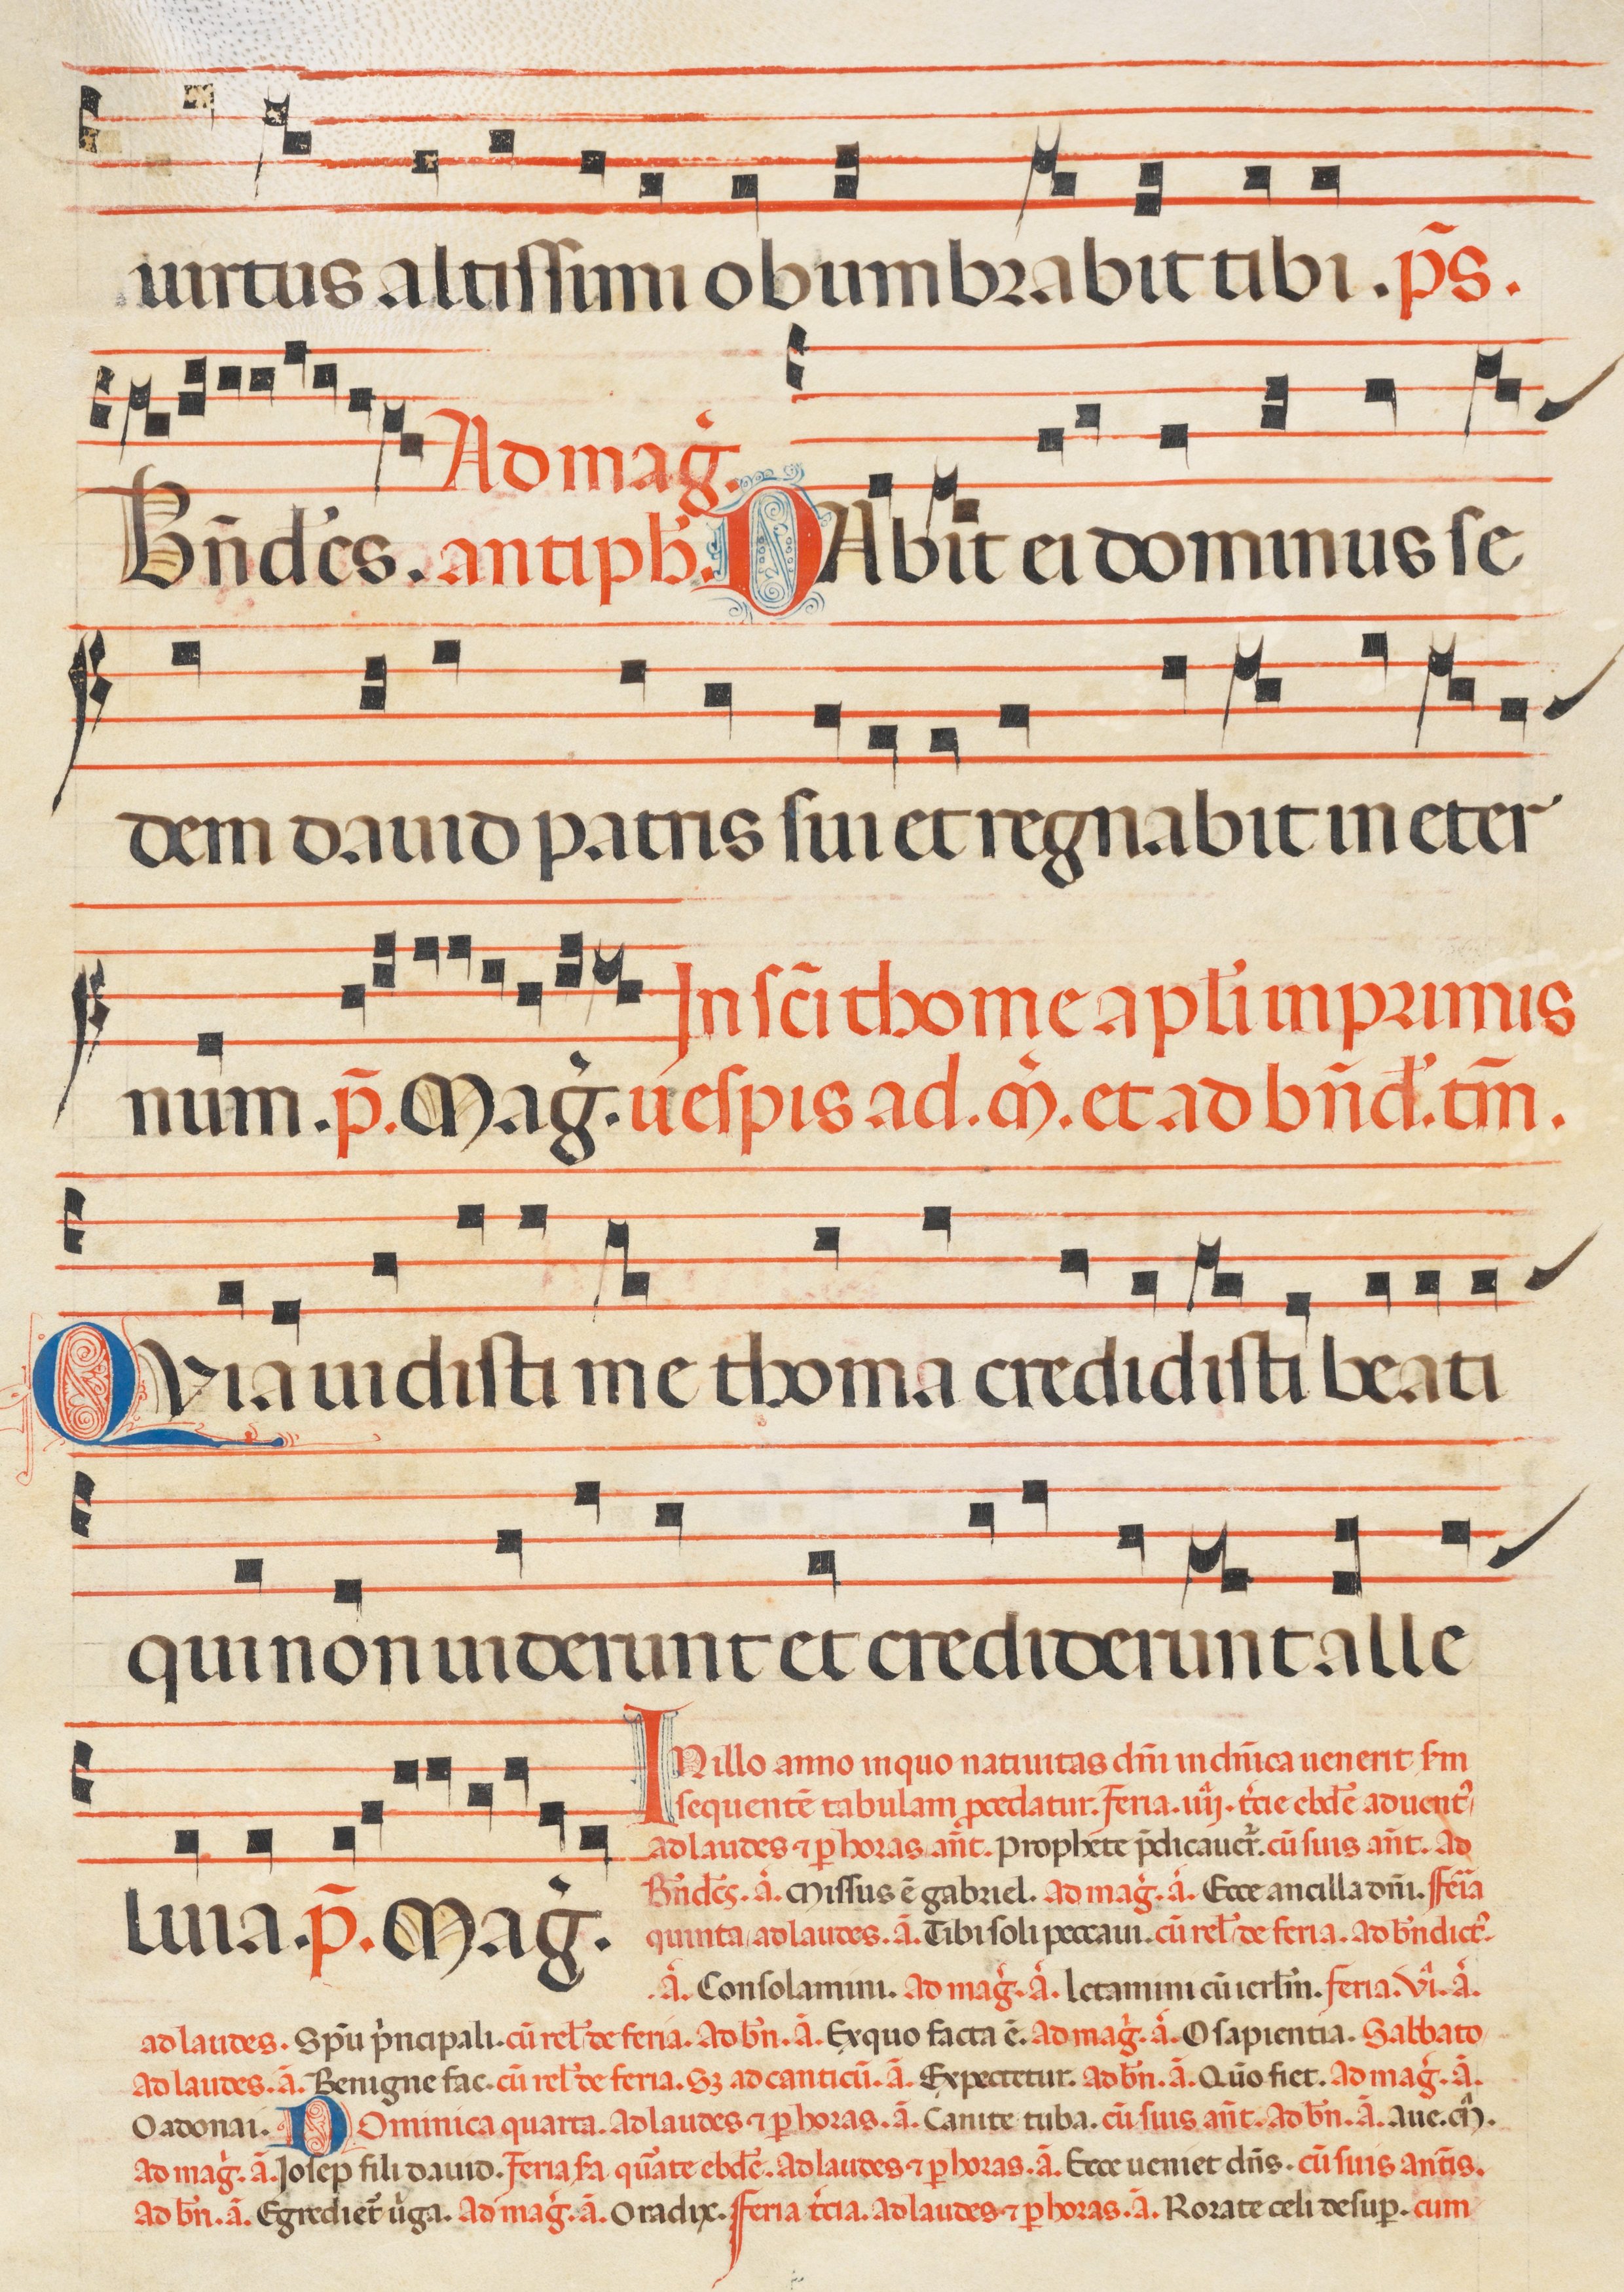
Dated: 1300–1330